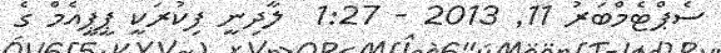
ސެޕްޓެމްބަރު 11